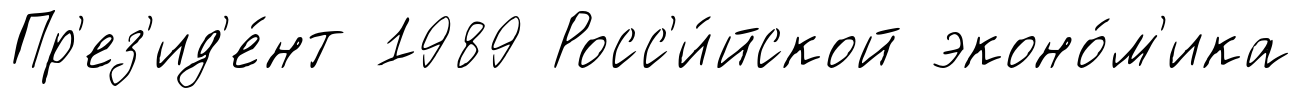
Пр'ез'ид'е́нт 1989 Росс'и́йской эконо́м'ика